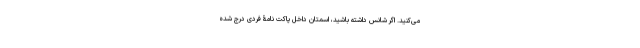
می‌کنید. اگر شانس داشته باشید، اسمتان داخل پاکت‌ نامۀ فردی درج شده